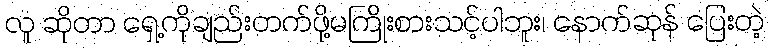
လူ ဆိုတာ ရှေ့ကိုချည်းတက်ဖို့မကြိုးစားသင့်ပါဘူး၊ နောက်ဆုန် ပြေးတဲ့